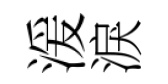
湲淚